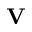
\mathrm { \bf V }